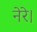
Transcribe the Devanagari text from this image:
नेरे।